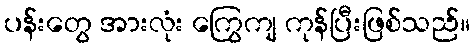
ပန်းတွေ အားလုံး ကြွေကျ ကုန်ပြီးဖြစ်သည်။